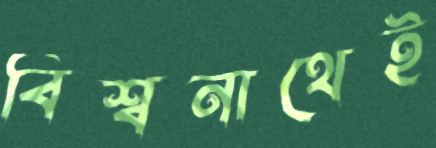
বিশ্বনাথেই